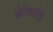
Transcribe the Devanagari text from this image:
बेरेस्फोर्ड